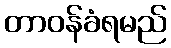
တာဝန်ခံရမည်